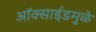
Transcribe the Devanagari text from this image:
ऑक्साईडमुळे